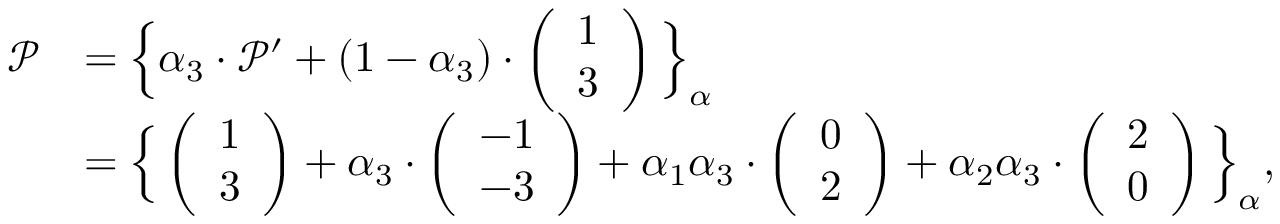
\begin{array} { r l } { \mathcal { P } } & { = \Big \{ \alpha _ { 3 } \cdot \mathcal { P } ^ { \prime } + ( 1 - \alpha _ { 3 } ) \cdot \left( \begin{array} { l } { 1 } \\ { 3 } \end{array} \right) \Big \} _ { \alpha } } \\ & { = \Big \{ \left( \begin{array} { l } { 1 } \\ { 3 } \end{array} \right) + \alpha _ { 3 } \cdot \left( \begin{array} { l } { - 1 } \\ { - 3 } \end{array} \right) + \alpha _ { 1 } \alpha _ { 3 } \cdot \left( \begin{array} { l } { 0 } \\ { 2 } \end{array} \right) + \alpha _ { 2 } \alpha _ { 3 } \cdot \left( \begin{array} { l } { 2 } \\ { 0 } \end{array} \right) \Big \} _ { \alpha } , } \end{array}